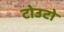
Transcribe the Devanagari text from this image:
टोउटो